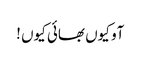
آو کیوں بھائی کیوں !